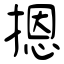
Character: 摁